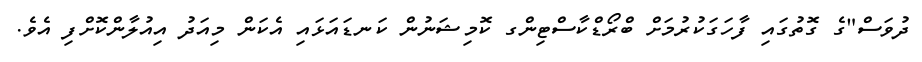
ދުވަސް"ގެ ގޮތުގައި ފާހަގަކުރުމަށް ބްރޯޑްކާސްޓިންގ ކޮމިޝަނުން ކަނޑައަޅައި އެކަން މިއަދު އިއުލާންކޮށްފި އެވެ.